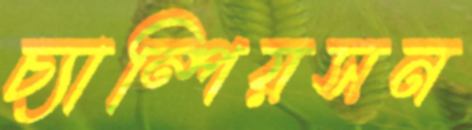
চ্যাম্পিয়সন